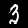
Label: 3